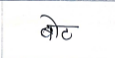
मजकूर: बोट